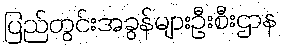
ပြည်တွင်းအခွန်များဦးစီးဌာန